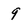
Character: 9